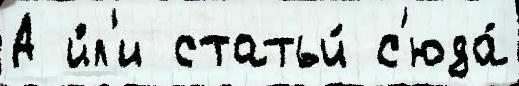
А и́л'и статьи́ с'юда́